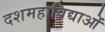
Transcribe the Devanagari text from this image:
दशमहाविद्याओं